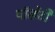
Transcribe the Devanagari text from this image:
पॉलेंटी